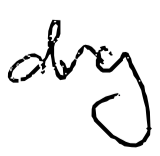
Text: dry
Cross-out: clean
Writing tool: digital_black